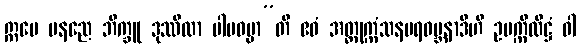
ဣမေ ပနညေ ဘိက္ခူ ဒုဿီလာ ပါပဓမ္မာ”တိ ဧဝံ အတ္တုက္ကံသနပရဝမ္ဘနာဒီဟိ ဥပက္ကိလိဋ္ဌံ ဝါ